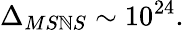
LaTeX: \Delta_{MS\mathbb{N}S}\sim10^{24}.